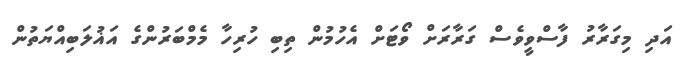
އަދި މިގަރާރު ފާސްވީވެސް ގަރާރަށް ވޯޓަށް އެހުމުން ތިބި ހުރިހާ މެމްބަރުންގެ އަޣުލަބިއްޔަތުން